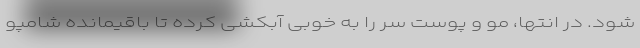
شود. در انتها، مو و پوست سر را به خوبی آبکشی کرده تا باقیمانده شامپو